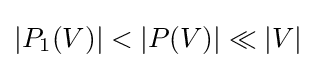
|P_{1}(V)|<|P(V)|\ll |V|